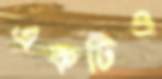
একটিও